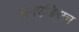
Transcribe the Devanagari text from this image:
सनएडिसन